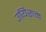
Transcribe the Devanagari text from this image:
उयिरुम